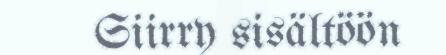
Siirry sisältöön